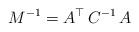
LaTeX: \begin{align*}M^{-1} = A^\top \, C^{-1} \, A\end{align*}